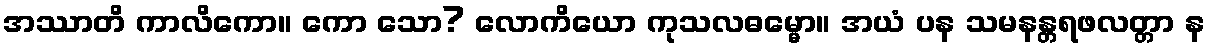
အဿာတိ ကာလိကော။ ကော သော? လောကိယော ကုသလဓမ္မော။ အယံ ပန သမနန္တရဖလတ္တာ န